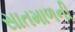
સાતમાળની